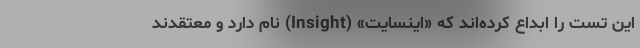
این تست را ابداع کرده‌اند که «اینسایت» (Insight) نام دارد و معتقدند